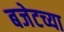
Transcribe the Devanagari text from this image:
बजेटच्या